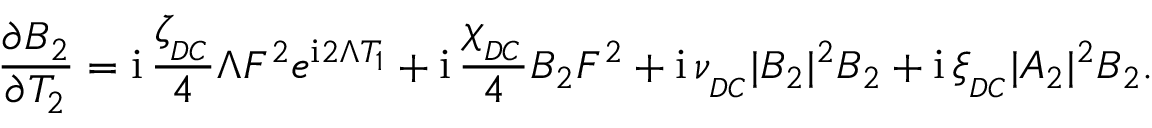
\frac { \partial B _ { 2 } } { \partial T _ { 2 } } = \mathrm { i } \, \frac { \zeta _ { _ { D C } } } { 4 } \Lambda F ^ { 2 } e ^ { \mathrm { i } 2 \Lambda T _ { 1 } } + \mathrm { i } \, \frac { \chi _ { _ { D C } } } { 4 } B _ { 2 } F ^ { 2 } + \mathrm { i } \, \nu _ { _ { D C } } | B _ { 2 } | ^ { 2 } B _ { 2 } + \mathrm { i } \, \xi _ { _ { D C } } | A _ { 2 } | ^ { 2 } B _ { 2 } .